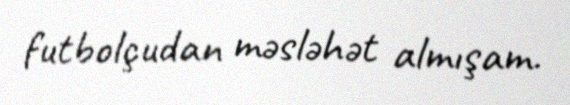
futbolçudan məsləhət almışam.